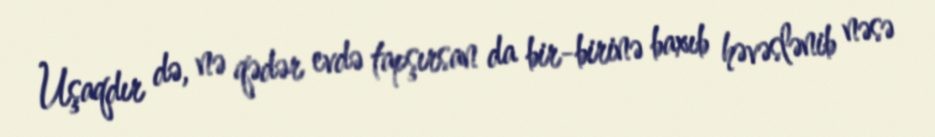
Uşaqdır də, nə qədər evdə tapşırsan da bir-birinə baxıb həvəslənib nəsə